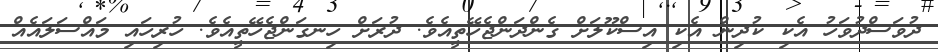
ދުވަސްދުވަހު އެކި ކުދިން އެކި އިސްކޫލަށް ގެންދަންޖެހޭތީއެވެ. ދުރަށް ހިނގަންޖެހޭތީއެވެ. ހުރިހައި މައްސަލައެއް